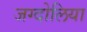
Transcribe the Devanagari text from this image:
जग्दोलिया